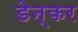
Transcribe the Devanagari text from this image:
डेन्कर